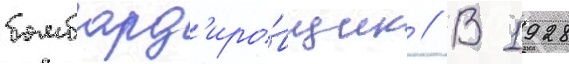
бомбард'иро́вщик // В 1928